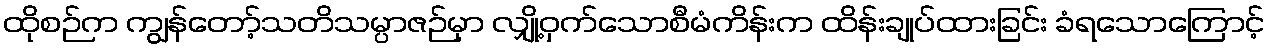
ထိုစဉ်က ကျွန်တော့်သတိသမ္ပာဇဉ်မှာ လျှို့ဝှက်သောစီမံကိန်းက ထိန်းချုပ်ထားခြင်း ခံရသောကြောင့်